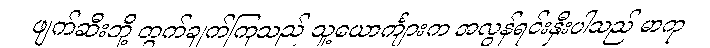
ဖျက်ဆီးဘို့ တွက်ချက်ကြသည် သူ့ယောင်္ကျားက အလွန်ရင်းနှီးပါသည် မာကု